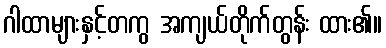
ဂါထာများနှင့်တကွ အကျယ်တိုက်တွန်း ထား၏။